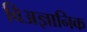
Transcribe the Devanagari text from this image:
विअज्ञानिक